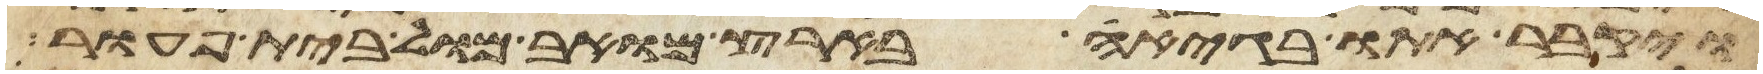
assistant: ויקבר אתו בגיא בארץ מואב מול בית פעור